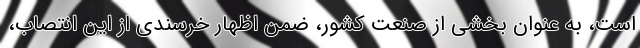
است، به عنوان بخشی از صنعت کشور، ضمن اظهار خرسندی از این انتصاب،